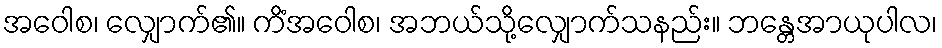
အဝေါစ၊ လျှောက်၏။ ကိံအဝေါစ၊ အဘယ်သို့လျှောက်သနည်း။ ဘန္တေအာယုပါလ၊